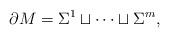
LaTeX: \begin{align*}\partial M=\Sigma^1\sqcup\dots\sqcup\Sigma^m,\end{align*}